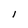
Character: l